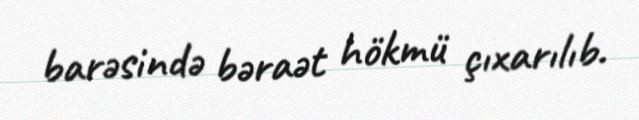
barəsində bəraət hökmü çıxarılıb.